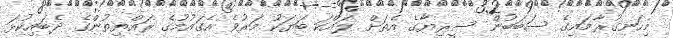
މިހަނގުރާމައިގެ ސަބަބުން ސީރިޔާގެ އެތަށް ލައްކަ ބަޔަކު މަރުވެ އެގައުމުގެ ރައްޔިތުންގެ ދެބައިކުޅަ